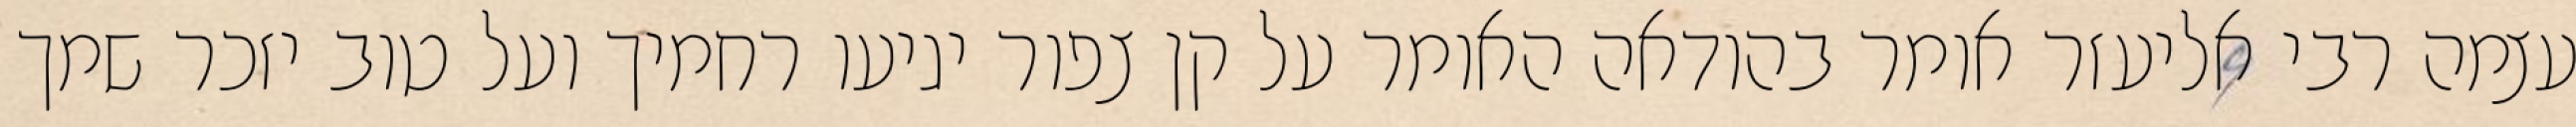
עצמה רבי אליעזר אומר בהודאה האומר על קן צפור יגיעו רחמיך ועל טוב יזכר שמך